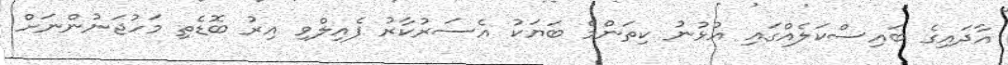
އާދައިގެ ބައިސްކަލެއްގައި އުޅުނު ކިތަންމެ ބަޔަކު އެސަރުކާރު ފެއިލްވި އިރު ބޮޑެތި މަހުޖަނުންނަށް